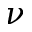
\nu